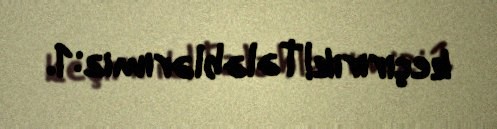
keçiririk!Tələblərimiz:1.